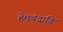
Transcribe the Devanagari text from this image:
हेमचंद्रादि